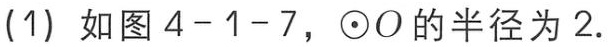
(1) 如图4-1-7，$\odot O$的半径为2.